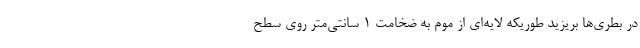
در بطری‌ها بریزید طوریکه لایه‌ای از موم به ضخامت ۱ سانتی‌متر روی سطح